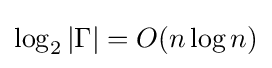
\log _{2}|\Gamma |=O(n\log n)